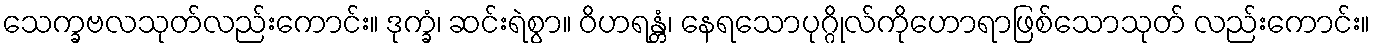
သေက္ခဗလသုတ်လည်းကောင်း။ ဒုက္ခံ၊ ဆင်းရဲစွာ။ ဝိဟရန္တံ၊ နေရသောပုဂ္ဂိုလ်ကိုဟောရာဖြစ်သောသုတ် လည်းကောင်း။